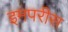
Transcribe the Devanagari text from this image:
इमपरीस